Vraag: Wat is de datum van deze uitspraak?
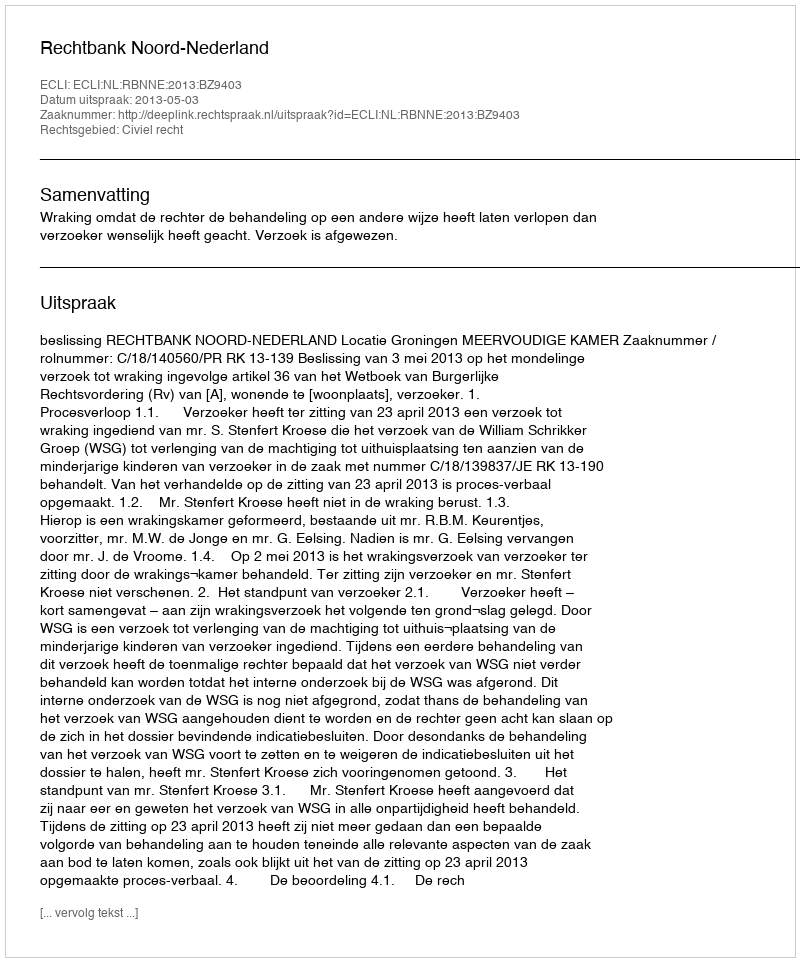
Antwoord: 2013-05-03